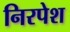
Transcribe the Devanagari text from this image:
निरपेश